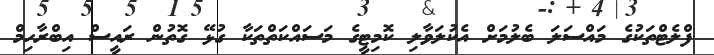
ފްލެޓްތަކުގެ މައްސަލަ ބެލުމަށް އެކުލަވާލި ކޮމިޓީގެ މަސައްކަތްތަކާ ގުޅޭ ގޮތުން ރައީސް އިބްރާހިމް